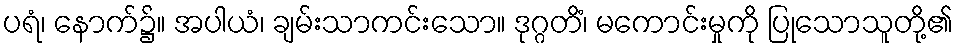
ပရံ၊ နောက်၌။ အပါယံ၊ ချမ်းသာကင်းသော။ ဒုဂ္ဂတိံ၊ မကောင်းမှုကို ပြုသောသူတို့၏